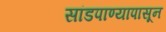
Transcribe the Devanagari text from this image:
सांडपाण्यापासून